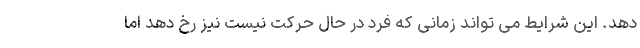
دهد. این شرایط می تواند زمانی که فرد در حال حرکت نیست نیز رخ دهد اما